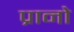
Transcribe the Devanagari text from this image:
प्रानो